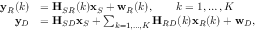
\begin{array} { r l } { { \mathbf y } _ { R } ( k ) } & { = { \textbf H } _ { S R } ( k ) { \mathbf x } _ { S } + { \mathbf w } _ { R } ( k ) , \qquad k = 1 , \ldots , K } \\ { { \mathbf y } _ { D } } & { = { \textbf H } _ { S D } { \mathbf x } _ { S } + \sum _ { k = 1 , \dots , K } { \textbf H } _ { R D } ( k ) { \mathbf x } _ { R } ( k ) + { \mathbf w } _ { D } , } \end{array}